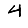
Digit: 4